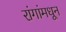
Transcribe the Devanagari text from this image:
रांगांमधून